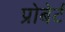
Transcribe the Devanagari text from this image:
प्रोबेर्ट